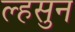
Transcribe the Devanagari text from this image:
ल्हसुन